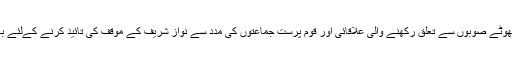
جمعیت علمائے اسلام اور چھوٹے صوبوں سے تعلق رکھنے والی علاقائی اور قوم پرست جماعتوں کی مدد سے نواز شریف کے موقف کی تائید کرنے کےلئے بھرپور مہم جاری رہے گی ۔